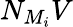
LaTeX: N_{M_{i}}V